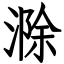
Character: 滁